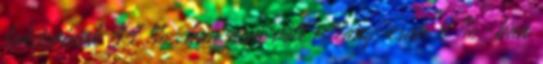
lakásainak 44 %-ban nem volt villany, csak 8 %-ban